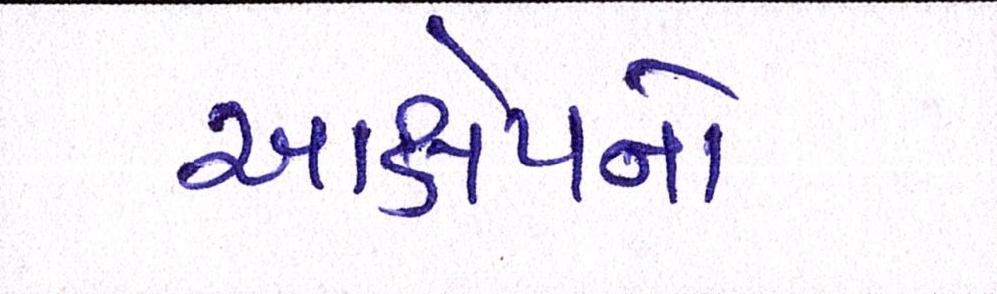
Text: આક્ષેપનો